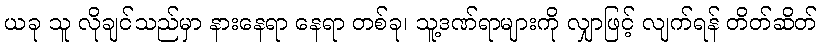
ယခု သူ လိုချင်သည်မှာ နားနေရာ နေရာ တစ်ခု၊ သူ့ဒဏ်ရာများကို လျှာဖြင့် လျက်ရန် တိတ်ဆိတ်